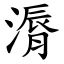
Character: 漘